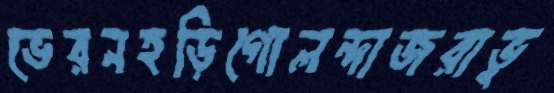
ভেরনহড়িগোলন্দাজরাভু